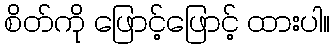
စိတ်ကို ဖြောင့်ဖြောင့် ထားပါ။